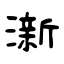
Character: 澵